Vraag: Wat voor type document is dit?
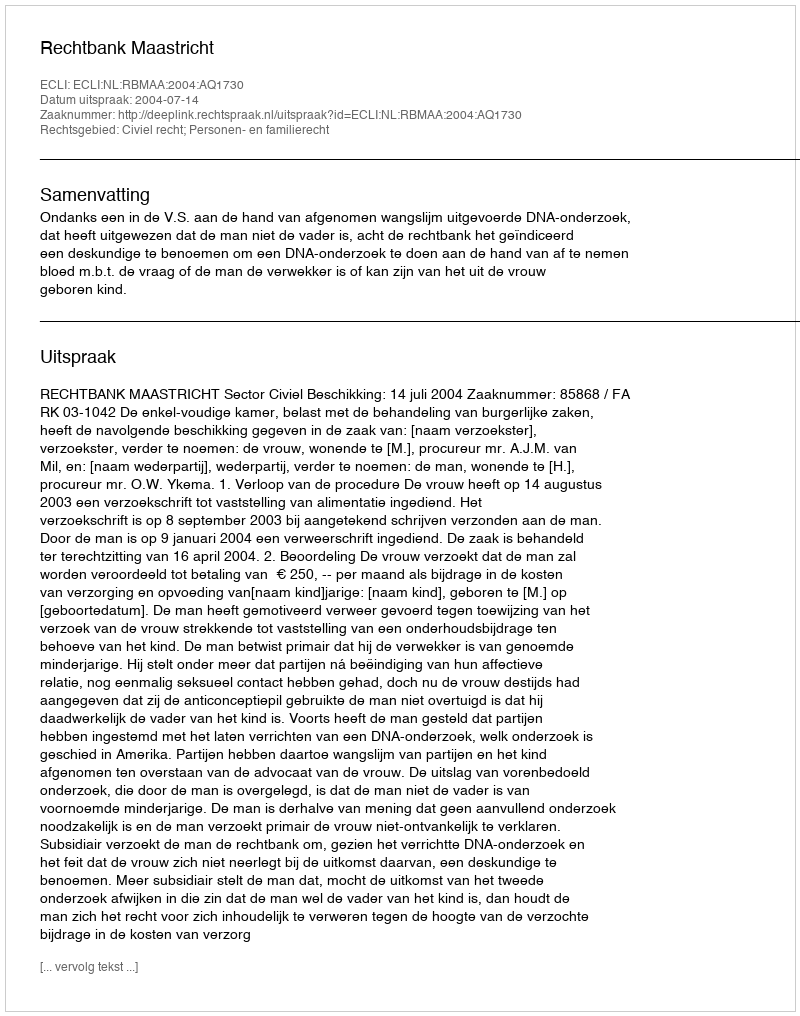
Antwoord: Uitspraak